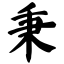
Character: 秉